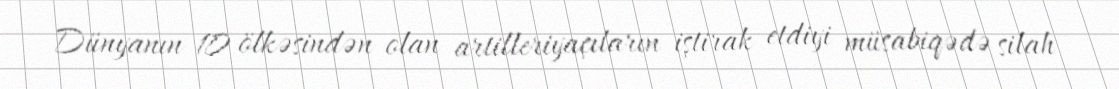
Dünyanın 10 ölkəsindən olan artilleriyaçıların iştirak etdiyi müsabiqədə silah